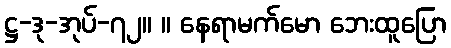
ဋ္ဌ-ဒု-အုပ်-၇၂။ ။ နေရာမက်မော ဘေးထူပြော